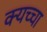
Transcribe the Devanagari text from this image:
क्यच्चा